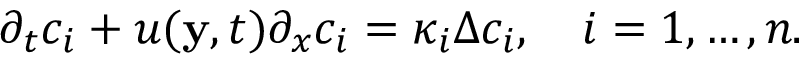
\begin{array} { r } { \partial _ { t } c _ { i } + u ( \mathbf { y } , t ) \partial _ { x } c _ { i } = \kappa _ { i } \Delta c _ { i } , \quad i = 1 , \hdots , n . } \end{array}